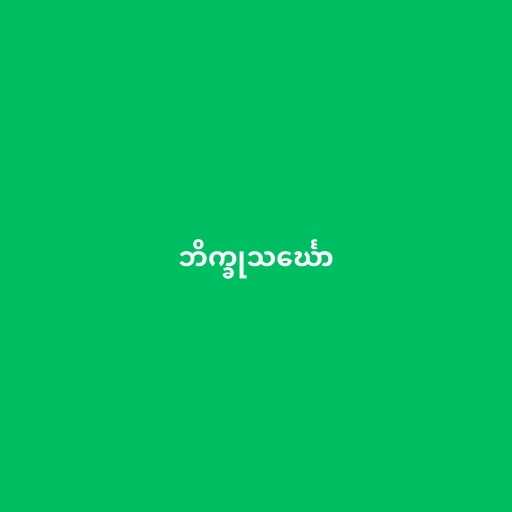
ဘိက္ခုသင်္ဃော